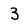
Character: 3